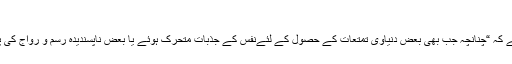
(الرحیق المختوم:ص88 بحوالہ طبری 2/279)
مشہور سیرت نگار صفی الرحمٰن مبارکپوری نے بیان کیا ہے کہ “چنانچہ جب بھی بعض دنیاوی تمتعات کے حصول کے لئےنفس کے جذبات متحرک ہوئے یا بعض ناپسندیدہ رسم و رواج کی پیروی پر طبیعت آمادہ ہوئی تو عنایت ربانی رکاوت بن گئی۔